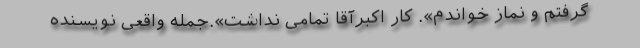
گرفتم و نماز خواندم». کار اکبرآقا تمامى نداشت».جمله واقعی نویسنده